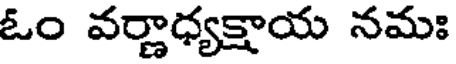
ఓం వర్ణాధ్యక్షాయ నమః